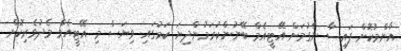
އާންމުކޮށް ފައިސާ ނެގުމަށް އޭޓީއެމް ބޭނުންކުރަމުންދިޔަ ކަމުގައި ވިޔަސް މި އޭޓީއެމް މެދުވެރިކޮށް